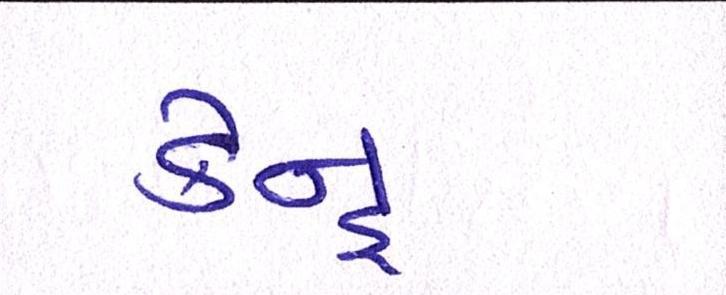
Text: કેન્દ્ર